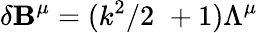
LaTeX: \delta\mathbf{B}^{\mu}=(k^{2}/2\, \, +1)\Lambda^{\mu}